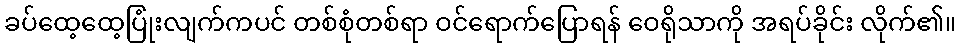
ခပ်ထေ့ထေ့ပြုံးလျက်ကပင် တစ်စုံတစ်ရာ ဝင်ရောက်ပြောရန် ဝေရိုသာကို အရပ်ခိုင်း လိုက်၏။